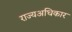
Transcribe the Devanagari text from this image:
राज्यअधिकार